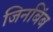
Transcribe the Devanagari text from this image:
जिनबिंब